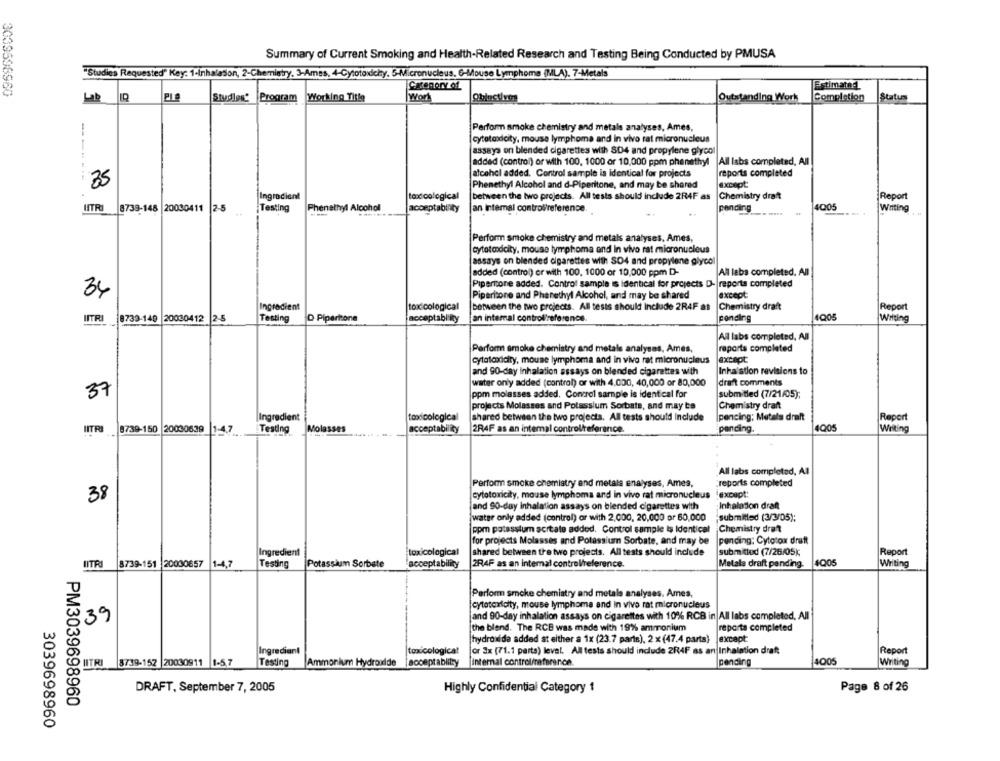
Summary of Current Smoking and Health-Related Research and Testing Being Conducted by PMUSA
"Studies Requested" Key: 1-Inhalason, 2-Chemistry, 3-Ames, 4-Cytotoxichy. 5-Micronucleus. 6-Mouse Lymphoma (MLA). 7-Metals
Category of
Estimated
Lab R
Studies Program Working Title
Worl
Obinctives
Outstanding Work
Completion
Status
Perform smoke chemistry and metals analyses, Ames,
cytotoxicity, mouse lymphoma and in vivo rat micronucleus
assays on blended cigarettes with SD4 and propylene glycol
added (control) or with 100, 1000 or 10,000 ppm phenethyl |All labs completed, All
alcohol added. Control sample is identical for projects
reports completed
35
Phenethyl Alcohol and d-Piperitone, and may be shared
except
Ingredient
toxicological
between the two projects. All tests should include 2R4F as
Chemistry draft
Report
Phenethyl Alcohol
4005
HTRI
8739-148 20030411
2-5
Testing
acceptability
an internal controlireference.
pending
Writing
Perform smoke chemistry and metals analyses. Ames,
cytotoxicity, mouse lymphoma and in vivo rat micronucleus
assays on blended cigarettes with SD4 and propylene glycol
added (control) or with 100, 1000 or 10,000 ppm D-
All leba completed. All
Piperitone added. Control sample is identical for projects D- reporta completed
34
Piperitone and Phenethyl Alcohol, and may be shared
except
Ingredient
toxicological
between the two projects. All tests should Include 2R4F as
Chemistry draft
Report
INTR
8739-149 20030412 2-
Testing
D Piperitone
acceptability
[an internal control'reference.
ponding
4Q05
Writing
All labs completed, All
Perform smoke chemistry and metals analysas, Ames,
reports completed
cytotoxicity, mouse lymphoma and in vivo rat micronucleus
excapt
and 90-day inhalation assays on blended cigarettes with
Inhalation revisions to
draft comments
water only added (control) or with 4.000, 40,000 or 80,000
37
ppm molasses added. Control sample is identical for
submitled (7/21/05);
projects Molasses and Potassium Sorbate, and may be
Chemistry draft
Ingredient
toxicological
shared between the two projects. All tests should Include
pencing; Metals draft
Report
IITRI
8739-150 20030639
1-4,7
Testing
acceptability
2R4F as an internal control/reference
pending.
4Q05
Writing
All labs completed, Al
Perform smoke chemistry and metals analyses, Ames,
reports completed
cytotoxicity, mouse lymphoma and in vivo rat micronucleus
except:
38
and 90-day Inhalation assays on blended cigarettes with
Inhalation draft
water only added (control) or with 2.000, 20,000 or 60,000
submitted (3/3/05);
ppm potassium scrtate added. Control sample is Identical
Chemistry drat
for projects Molasses and Potassium Sorbate, and may be
pending: Cytotox draft
Ingredient
toxicological
shared between the two projects. All tests should include
submitted (7/26/05);
Report
IITRI 8739-151 20030657
1-4,7
Testing
Potassium Sorbete
acceptability
2R4F as an internal control/reference.
Metals draft panding.
4005
Writing
Perform smoke chemistry and metals analyses. Ames,
cytotoxicity, mouse lymphoma and in vivo rat micronucleus
and 90-day inhalation assays on cigarettes with 10% RCB in All labs completed, All
39
the blend. The RCB was made with 19% ammonium
reporta completed
hydroxide added at either a 1x (23.7 parts), 2 x (47.4 parts) except:
Ingredient
toxicological
or 3x (71.1 parts) level. All tests should include 2R4F as an Inhalation draft
Report
CO HITRI 8739-152 20030911 1-57
Testing
Ammonium Hydroxide
acceptablity
Internal controlinaference.
pending
4005
Writing
DRAFT, September 7, 2005
Highly Confidential Category 1
Page 8 of 26
PM3039698960
3039698960